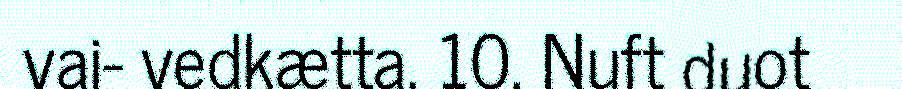
vai- vedkætta. 10. Nuft duot